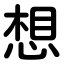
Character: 想